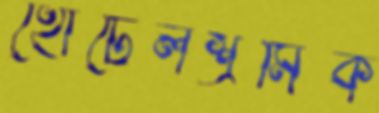
হোটেলশ্রমিক